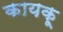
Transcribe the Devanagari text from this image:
कायकू